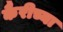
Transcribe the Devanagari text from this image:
कैरीच्या